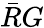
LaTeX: \bar{R}G